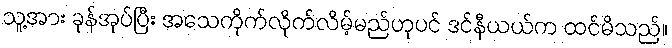
သူ့အား ခုန်အုပ်ပြီး အသေကိုက်လိုက်လိမ့်မည်ဟုပင် ဒင်နီယယ်က ထင်မိသည်။